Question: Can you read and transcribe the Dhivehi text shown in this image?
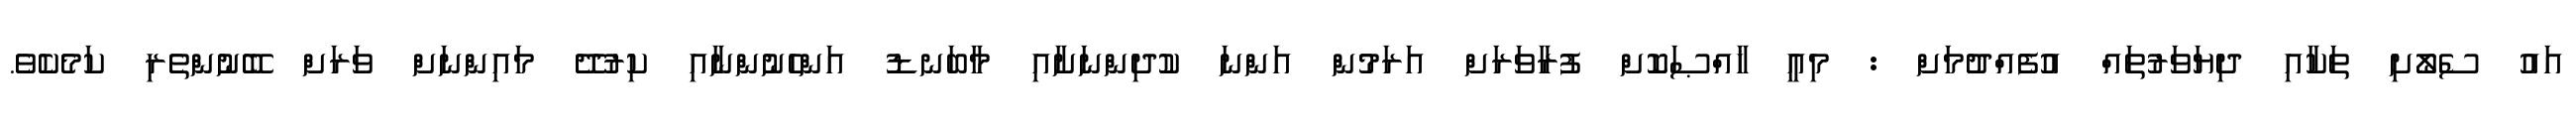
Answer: އައު ސެލޯށި ތަކާއި ދިޔަވަރުތައް އުފެއްދުމަށް : މިއީ ޚާއްޞަކޮށް ފުރާވަރަށް އަރަމުން އަންނަ ކުދިންނަށާއި މާބަނޑު އަންހެނުންނާއި ކިރުދޭ މައިންނަށް ވަރަށް ބޭނުންތެރި ކަމެކެވެ.